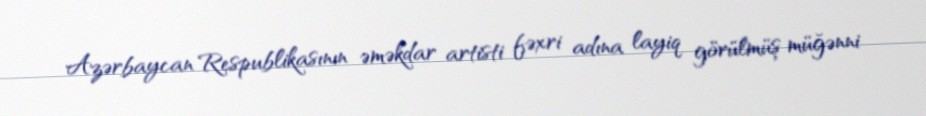
Azərbaycan Respublikasının əməkdar artisti fəxri adına layiq görülmüş müğənni